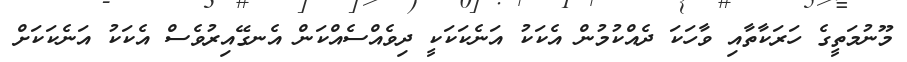
މޫނުމަތީގެ ހަރަކާތާއި ވާހަކަ ދެއްކުމުން އެކަކު އަނެކަކަކީ ދިވެއްސެއްކަން އެނގޭއިރުވެސް އެކަކު އަނެކަކަށް